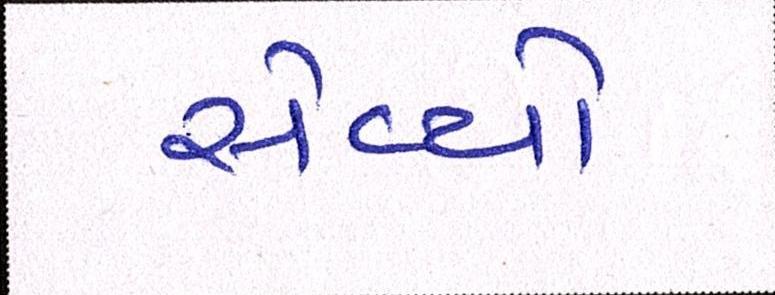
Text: સેવ્યો